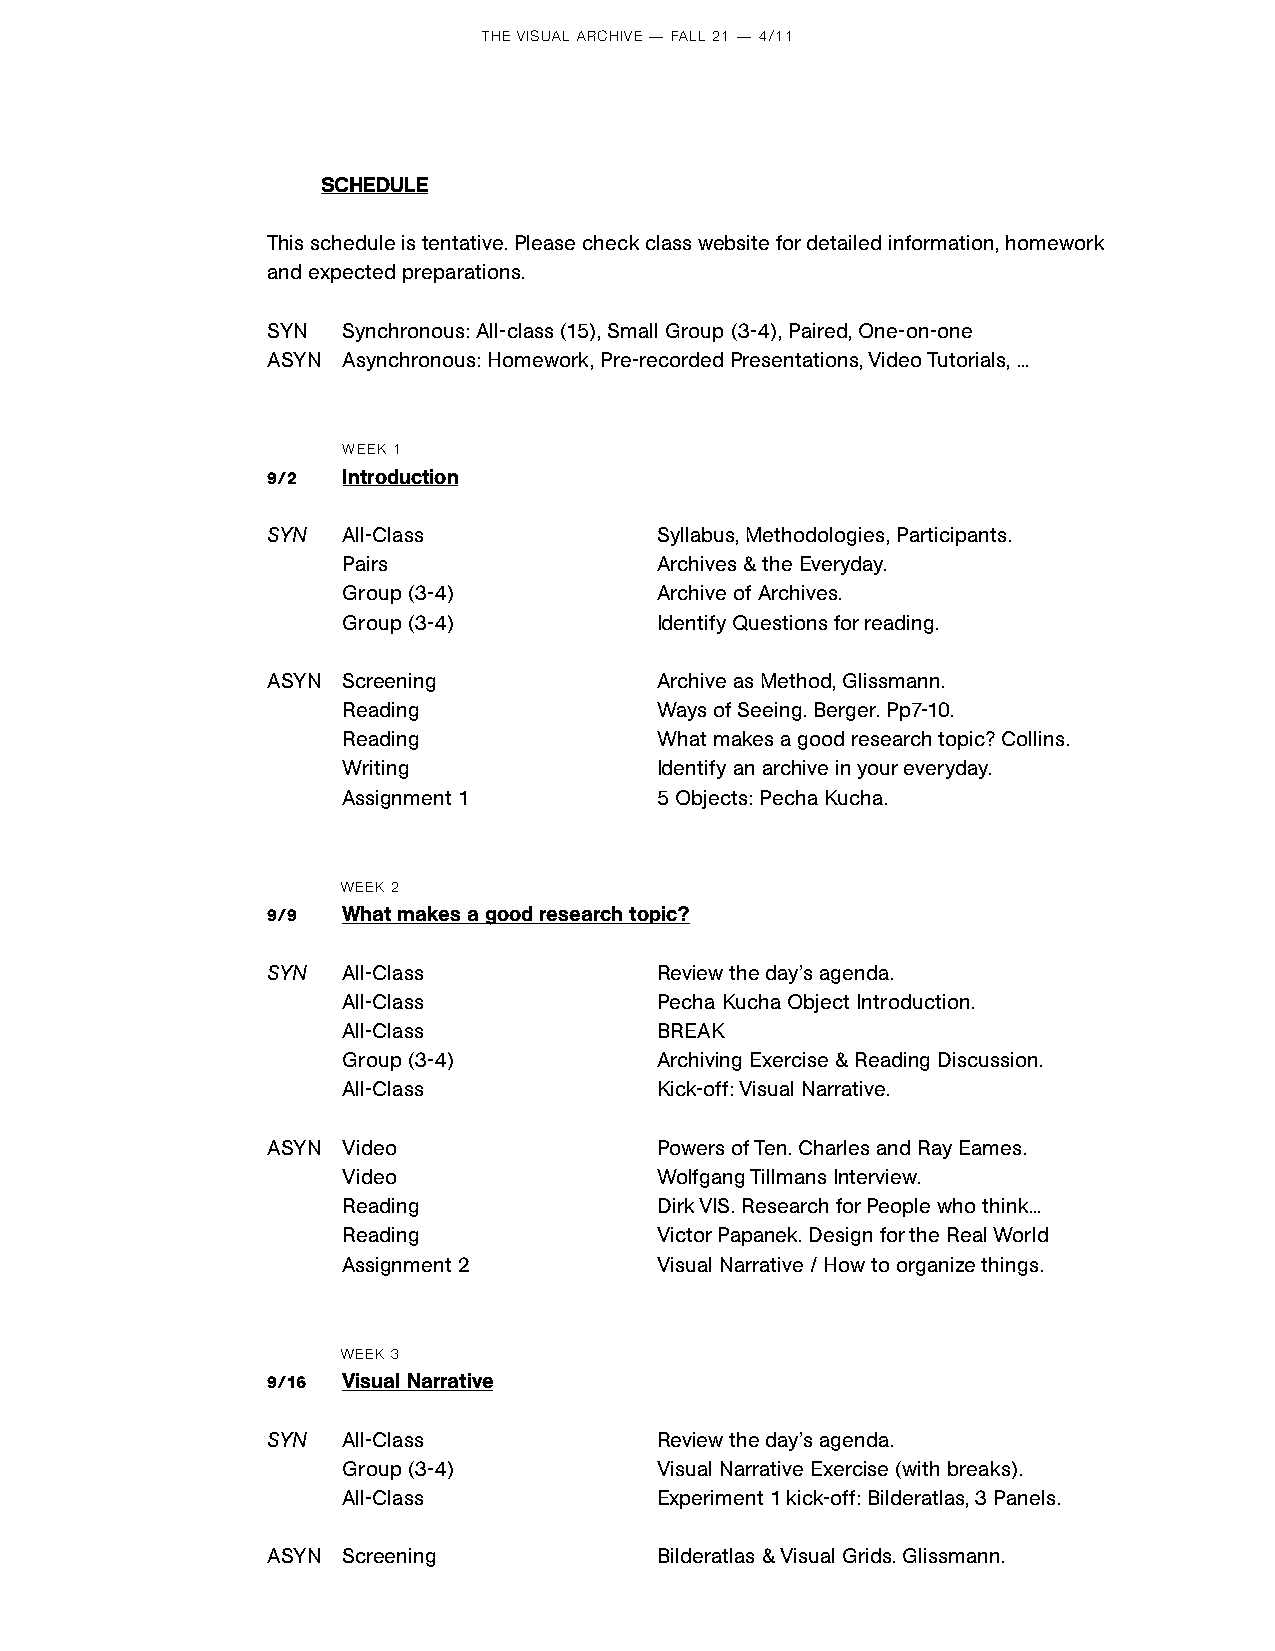
THE VISUAL ARCHIVE — FALL 21 — 4/11
 SCHEDULE
 This schedule is tentative. Please check class website for detailed information, homework
 and expected preparations.
 SYN  Synchronous: All-class (15), Small Group (3-4), Paired, One-on-one
 ASYN Asynchronous: Homework, Pre-recorded Presentations, Video Tutorials, ...
 WEEK 1
 9/2  Introduction
 SYN  All-Class           Syllabus, Methodologies, Participants.
 Pairs               Archives & the Everyday.
 Group (3-4)         Archive of Archives.
 Group (3-4)         Identify Questions for reading.
 ASYN Screening           Archive as Method, Glissmann.
 Reading             Ways of Seeing. Berger. Pp7-10.
 Reading             What makes a good research topic? Collins.
 Writing             Identify an archive in your everyday.
 Assignment 1        5 Objects: Pecha Kucha.
 WEEK 2
 9/9  What makes a good research topic?
 SYN  All-Class           Review the day’s agenda.
 All-Class           Pecha Kucha Object Introduction.
 All-Class           BREAK
 Group (3-4)         Archiving Exercise & Reading Discussion.
 All-Class           Kick-off: Visual Narrative.
 ASYN Video               Powers of Ten. Charles and Ray Eames.
 Video               Wolfgang Tillmans Interview.
 Reading             Dirk VIS. Research for People who think...
 Reading             Victor Papanek. Design for the Real World
 Assignment 2        Visual Narrative / How to organize things.
 WEEK 3
 9/16 Visual Narrative
 SYN  All-Class           Review the day’s agenda.
 Group (3-4)         Visual Narrative Exercise (with breaks).
 All-Class           Experiment 1 kick-off: Bilderatlas, 3 Panels.
 ASYN Screening           Bilderatlas & Visual Grids. Glissmann.